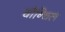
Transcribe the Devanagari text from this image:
चौन्चिल